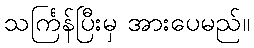
သင်္ကြန်ပြီးမှ အားပေမည်။